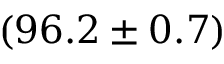
( 9 6 . 2 \pm 0 . 7 ) \